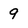
Character: 9